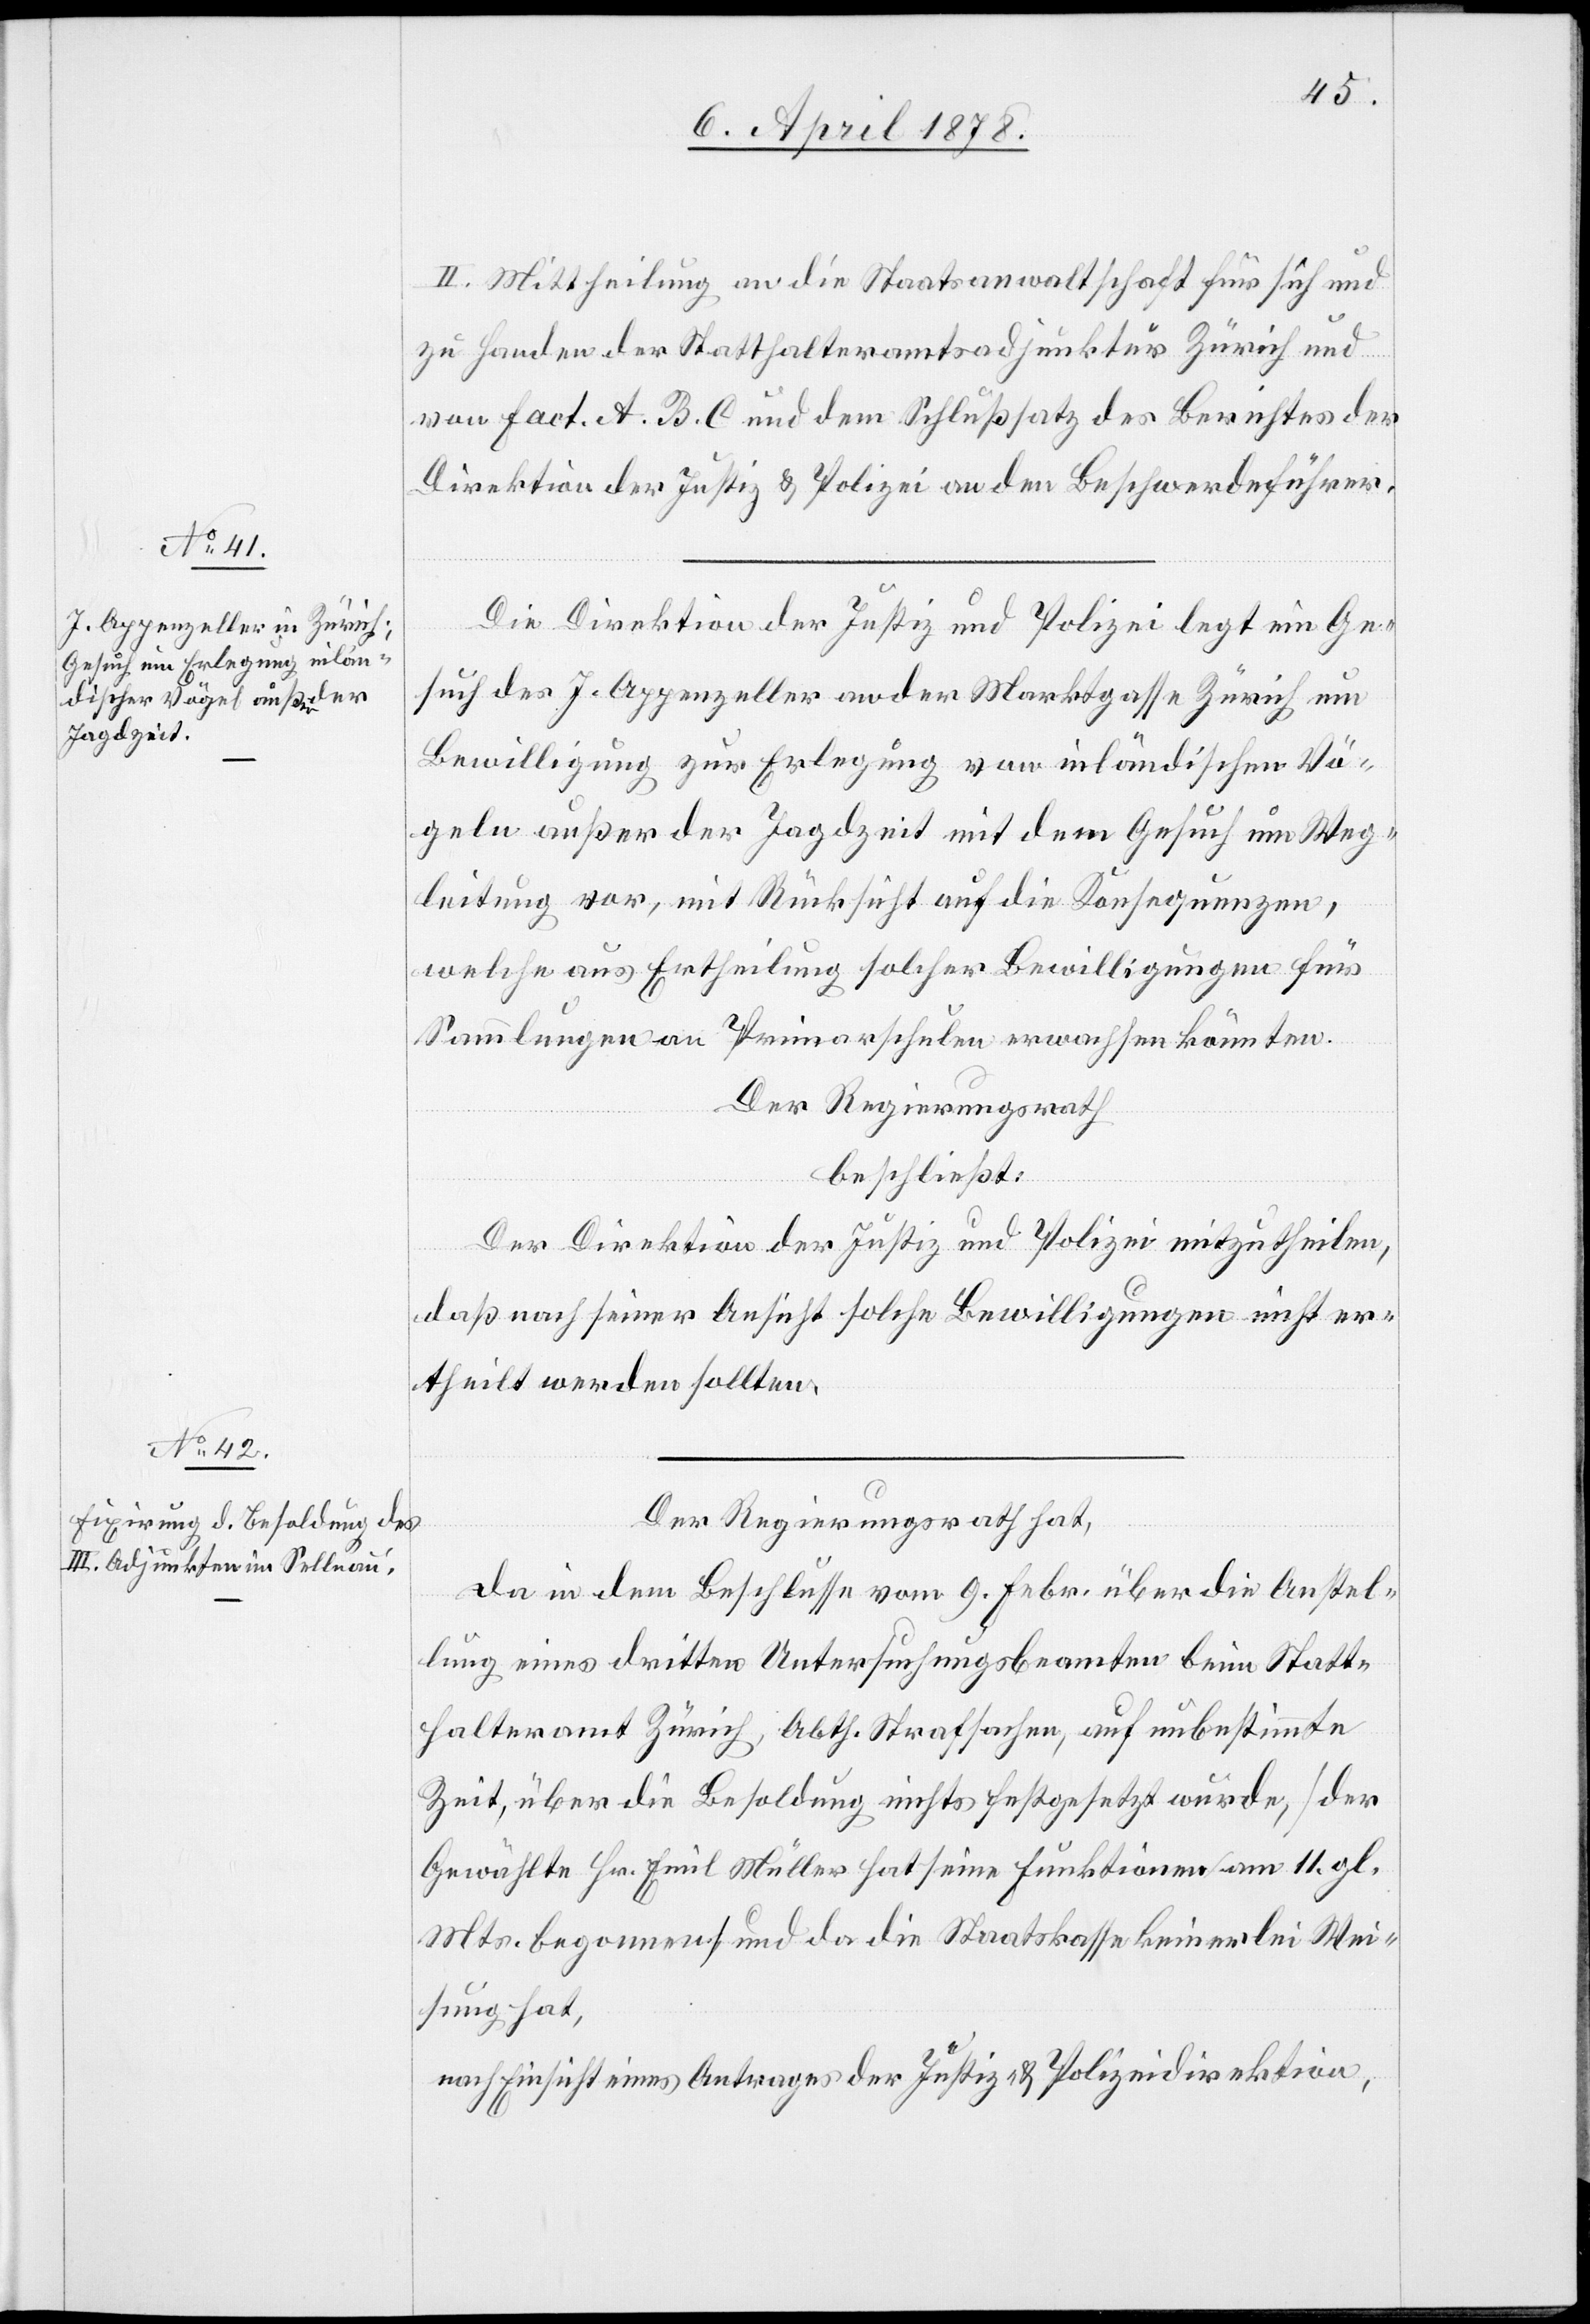
II. Mittheilung an die Staatsanwaltschaft für sich und
zu Handen der Statthalteramtsadjunktur Zürich und
von fact. A. B. C. und dem Schlusssatz des Berichtes der
Direktion der Justiz & Polizei an den Beschwerdeführer.
Die Direktion der Justiz und Polizei legt ein Ge¬
such des J. Appenzeller an der Marktgasse Zürich um
Bewilligung zur Erlegung von inländischen Vö¬
geln außer der Jagdzeit mit dem Gesuch um Weg¬
leitung vor, mit Rücksicht auf die Konsequenzen,
welche aus Ertheilung solcher Bewilligungen für
Sammlungen an Primarschulen erwachsen könnten.
Der Regierungsrath
beschließt:
Der Direktion der Justiz und Polizei mitzutheilen,
daß nach seiner Ansicht solche Bewilligungen nicht er¬
theilt werden sollten.
Der Regierungsrath hat,
da in dem Beschlusse vom 9. Febr. über die Anstel¬
lung eines dritten Untersuchungsbeamten beim Statt¬
halteramt Zürich, Abth. Strafsachen, auf unbestimmte
Zeit, über die Besoldung nichts festgesetzt wurde, (der
Gewählte Hr. Emil Müller hat seine Funktionen am 11. gl.
Mts. begonnen) und da die Staatskasse keinerlei Wei¬
sung hat,
nach Einsicht eines Antrages der Justiz- & Polizeidirektion,